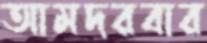
আমদরবার